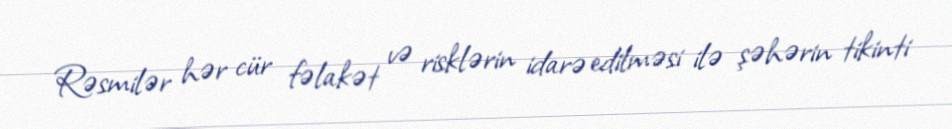
Rəsmilər hər cür fəlakət və risklərin idarə edilməsi ilə şəhərin tikinti